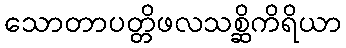
သောတာပတ္တိဖလသစ္ဆိကိရိယာ